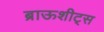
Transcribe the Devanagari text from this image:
ब्राऊशीट्स